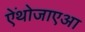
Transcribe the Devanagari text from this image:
ऐंथोजाएआ